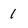
Character: 1